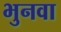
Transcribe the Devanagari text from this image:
भुनवा